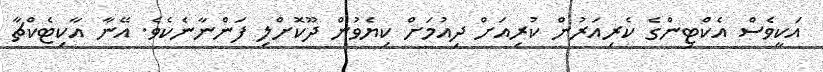
އަކީވެސް އެކްޓިންގެ ކެރިއަރުން ކުރިއަށް ދިއުމަށް ކިޔެވުން ދޫކޮށްލި ފަންނާނެކެވެ. އޭނާ އާކިޓެކްޗާ